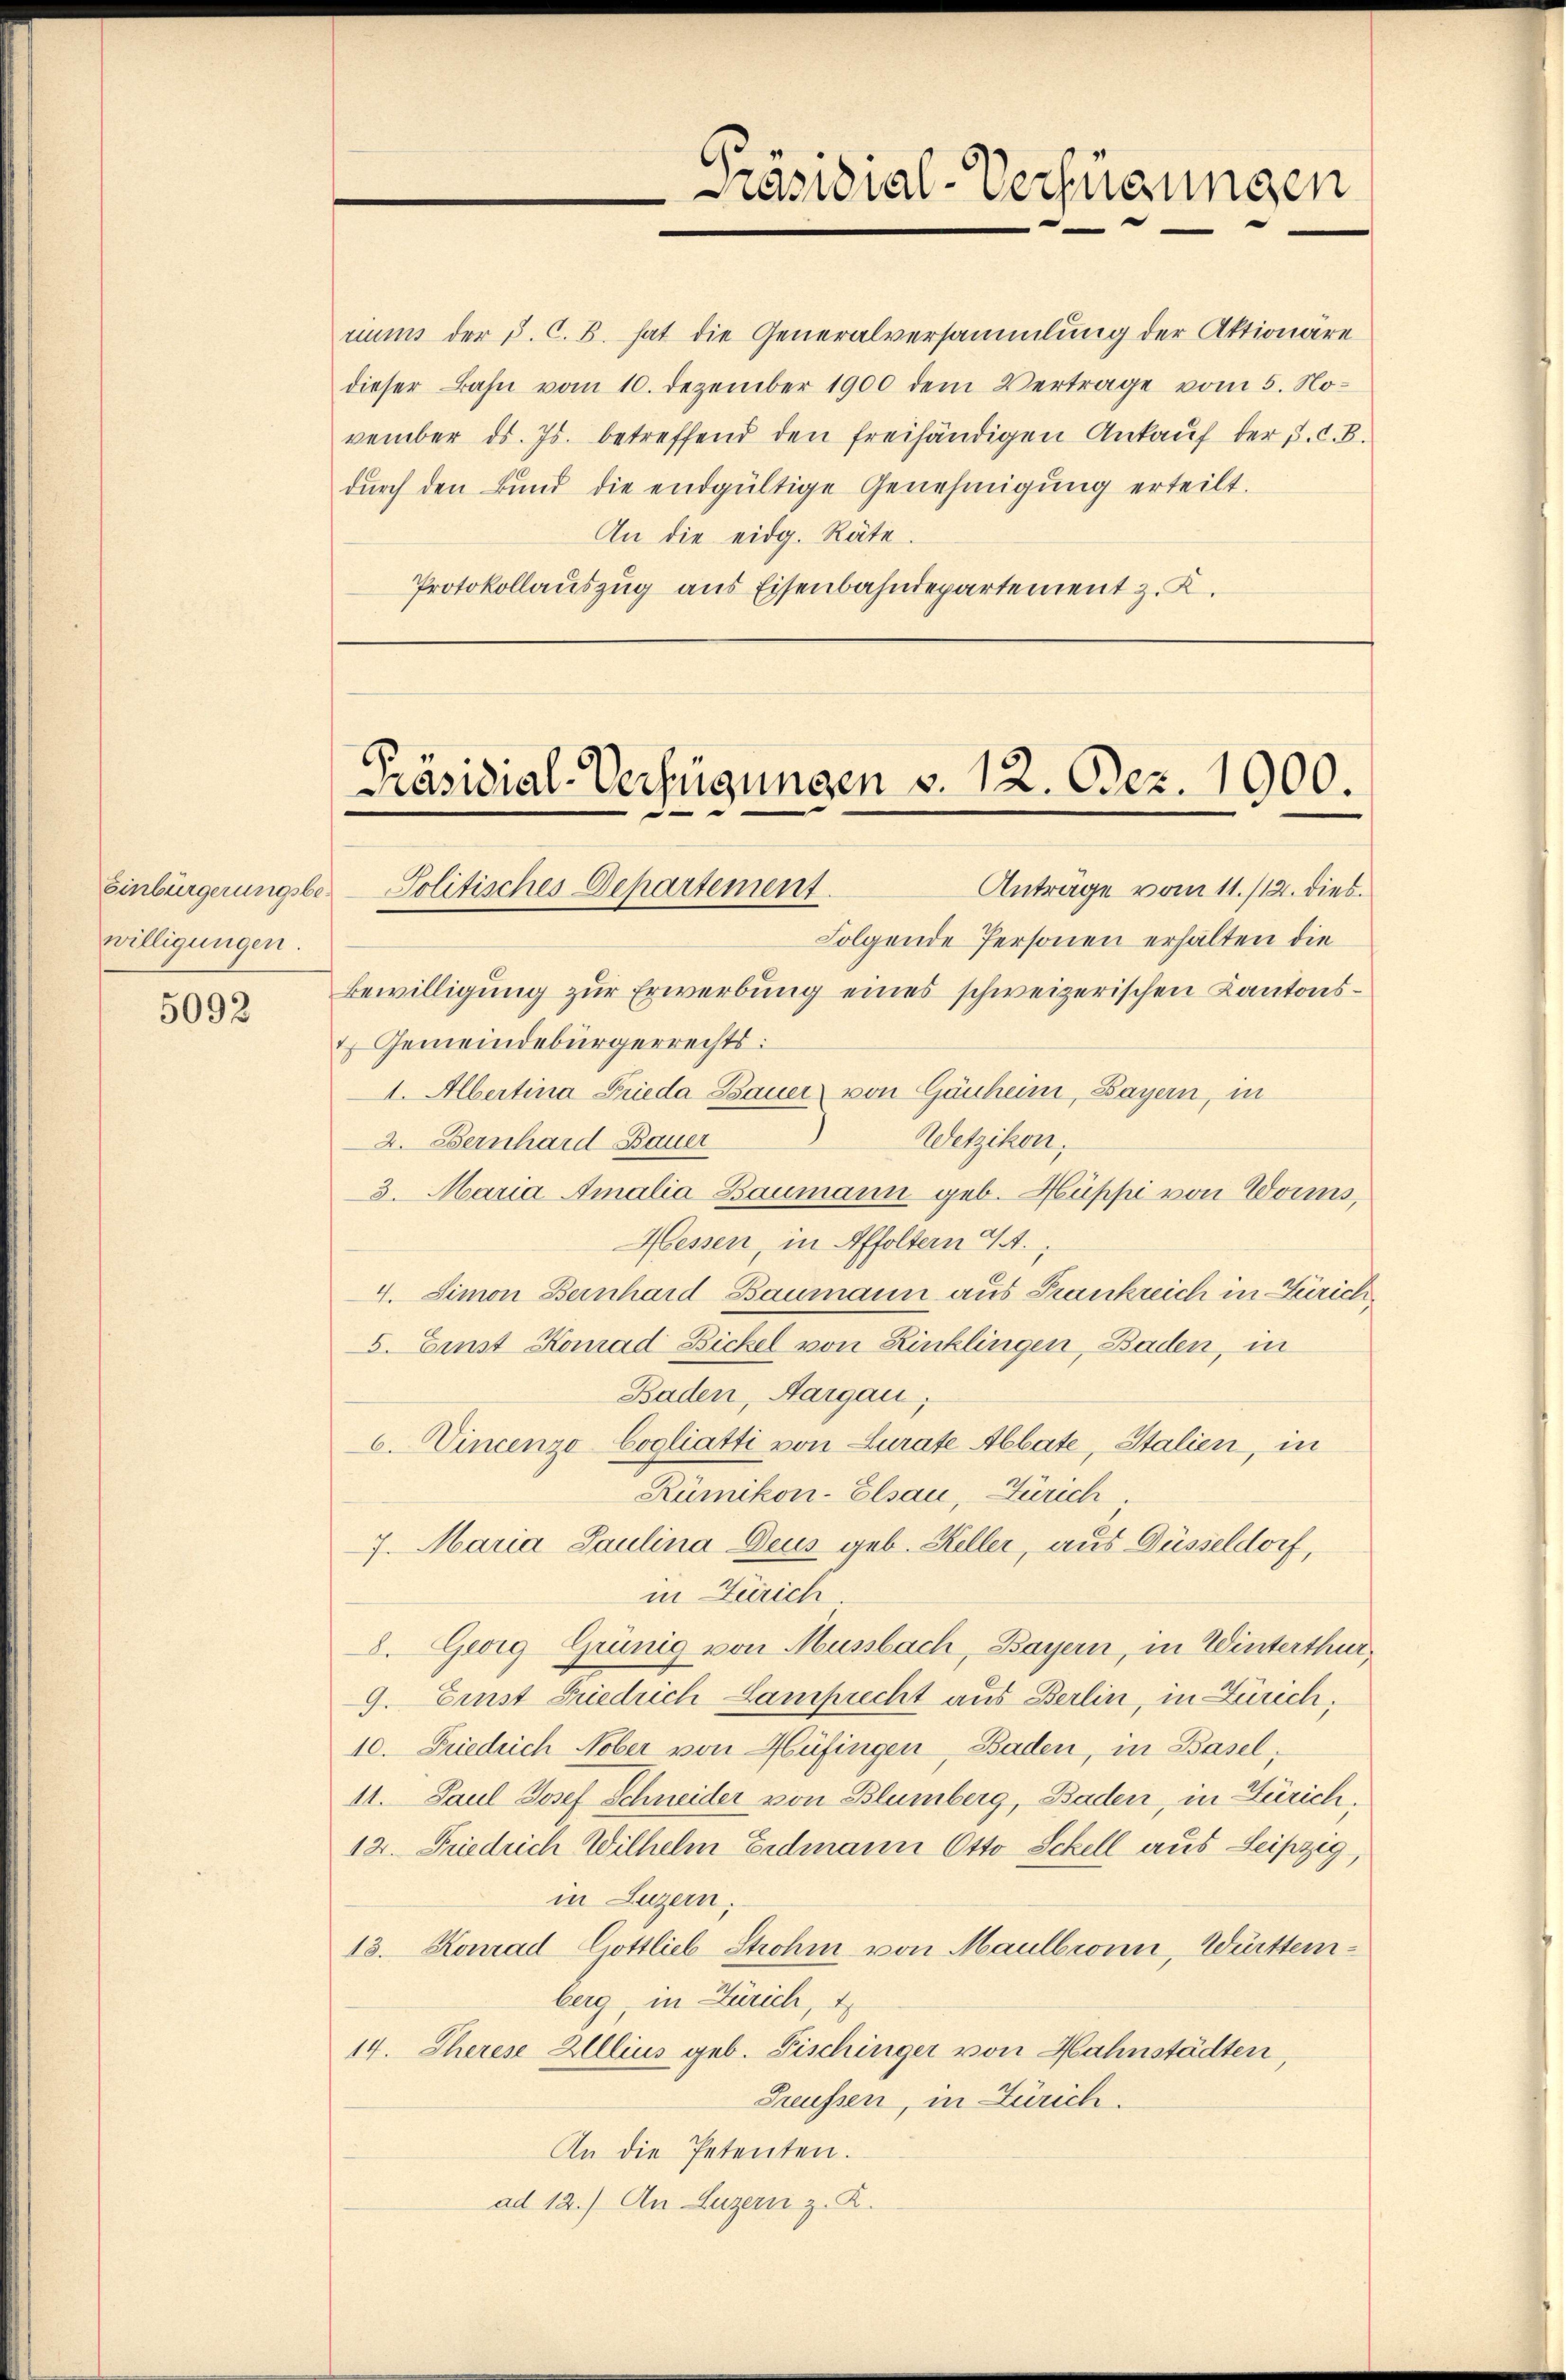
willigungen.

5092

dŭrch den Bŭnd die endgültige Genehmigŭng erteilt.
An die eidg. Räte.
Protokollauszug aus Eisenbahndepartement z. K.

Präsidial-Verfügungen

Präsidial-Verfügungen v. 12. Bez. 1900.
Anträge vom 11./12. dies
Einbürgerungsbe-Politisches Departement

riums der §. C. B. hat die Generalversammlung der Aktionäre
dieser Bahn vom 10. Dezember 1900 dem Vertrage vom 5. November ds. Js. betreffend den freihändigen Ankauf der J. C. B.

Folgende Personen erhalten die
Bewilligung zur Erwerbung eines schweizerischen Kantonst Gemeindebürgerrechts:
I. Albertina Frieda Bauer von Gauheim, Bayern, in
Wetzikon;
2. Bernhard Bauer
3. Maria Amalia Baumann geb. Hüppi von Worms,
Hessen, in Affoltern 44.
4. Simon Bernhard Baumann aus Frankreich in Zürich,
5. Einst Komad Bickel von Kinklingen, Baden, in
Baden, Aargau;
6. Vincenzo Cogliatti von Lurate Abbate, Stalien, in
Rümikon-Elsau, Zürich
7. Maria Paulina Deus geb. Keller, aus Düsseldorf,
in Zürich.
8. Georg Grünig von Mussbach, Bayern, in Winterthur,
9. Einst Friedrich Lamprecht aus Berlin, in Zürich,
10. Friedrich Nober von Hüfingen, Baden, in Basel,
11. Paul Josef Schneider von Blumberg, Baden, in Zürich.
12. Friedrich Wilhelm Erdmann Otto Schell aus Leipzig,
in Luzern,
13. Konrad Gottlieb Strohm von Maulbronn, Württemberg, in Zürich, t
14. Theres Alllius geb. Fischinger von Hahnstädten,
Preussen, in Zürich.
An die Petenten.
ad 12.) An Luzern z. K.